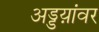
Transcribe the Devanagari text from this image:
अड्डय़ांवर